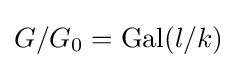
G/G_{0}=\operatorname {Gal} (l/k)